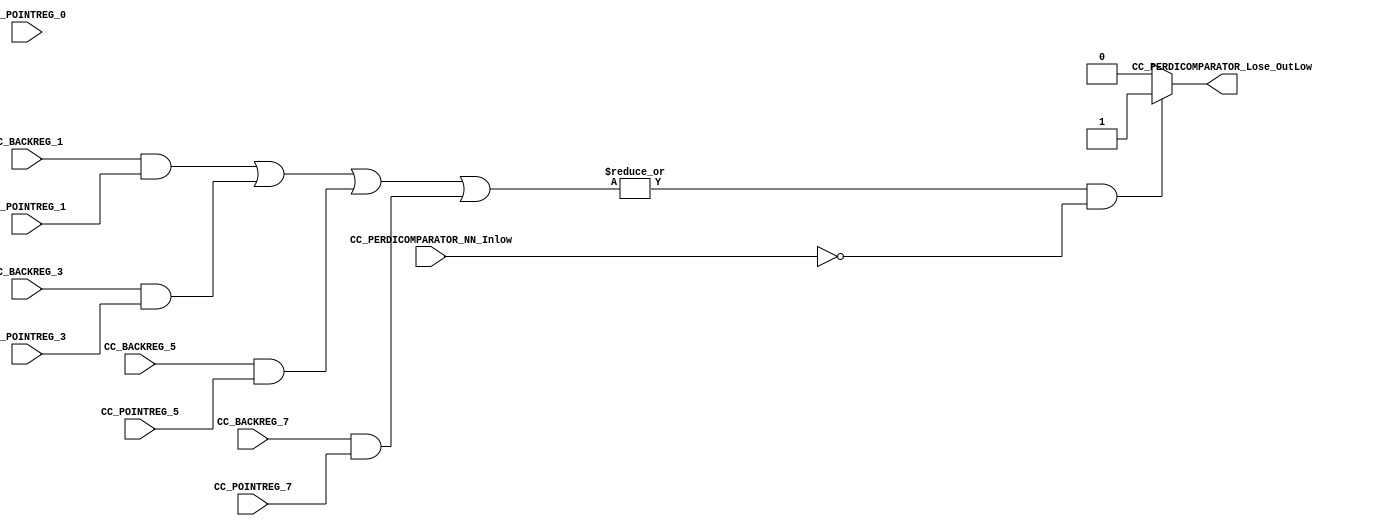
/*######################################################################
//#	G0B1T: HDL EXAMPLES. 2018.
//######################################################################
//# Copyright (C) 2018. F.E.Segura-Quijano (FES) fsegura@uniandes.edu.co
//# 
//# This program is free software: you can redistribute it and/or modify
//# it under the terms of the GNU General Public License as published by
//# the Free Software Foundation, version 3 of the License.
//#
//# This program is distributed in the hope that it will be useful,
//# but WITHOUT ANY WARRANTY; without even the implied warranty of
//# MERCHANTABILITY or FITNESS FOR A PARTICULAR PURPOSE.  See the
//# GNU General Public License for more details.
//#
//# You should have received a copy of the GNU General Public License
//# along with this program.  If not, see <http://www.gnu.org/licenses/>
//####################################################################*/
//=======================================================
//  MODULE Definition
//=======================================================
module CC_PERDICOMPARATOR (
//////////// OUTPUTS //////////
	CC_PERDICOMPARATOR_Lose_OutLow,
//////////// INPUTS //////////
	CC_BACKREG_1,
	CC_BACKREG_3,
	CC_BACKREG_5,
	CC_BACKREG_7,
	
	CC_POINTREG_0,
	CC_POINTREG_1,
	CC_POINTREG_3,
	CC_POINTREG_5,
	CC_POINTREG_7,
	CC_PERDICOMPARATOR_NN_Inlow,
);
//=======================================================
//  PARAMETER declarations
//=======================================================

//=======================================================
//  PORT declarations
//=======================================================
output	reg CC_PERDICOMPARATOR_Lose_OutLow;
input	  	CC_PERDICOMPARATOR_NN_Inlow;

input 	[7:0] CC_BACKREG_1;
input 	[7:0] CC_BACKREG_3;
input 	[7:0] CC_BACKREG_5;
input 	[7:0] CC_BACKREG_7;


input 	[7:0] CC_POINTREG_0;
input 	[7:0] CC_POINTREG_1;
input 	[7:0] CC_POINTREG_3;
input 	[7:0] CC_POINTREG_5;
input 	[7:0] CC_POINTREG_7;
//=======================================================
//  REG/WIRE declarations
//=======================================================
//=======================================================
//  Structural coding
//=======================================================
always @(*)
begin
	
	// perd
	
	if (|(CC_BACKREG_1 & CC_POINTREG_1 | CC_BACKREG_3 & CC_POINTREG_3 | CC_BACKREG_5 & CC_POINTREG_5 | CC_BACKREG_7 & CC_POINTREG_7) && CC_PERDICOMPARATOR_NN_Inlow == 1'b0)
		CC_PERDICOMPARATOR_Lose_OutLow = 1'b1;
	
	// no he perdido
	
	else
		CC_PERDICOMPARATOR_Lose_OutLow = 1'b0;
		
	end
	

endmodule